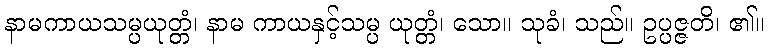
နာမကာယသမ္ပယုတ္တံ၊ နာမ ကာယနှင့်သမ္ပ ယုတ္တံ၊ သော။ သုခံ၊ သည်။ ဥပ္ပဇ္ဇတိ၊ ၏။